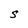
Character: S